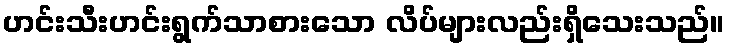
ဟင်းသီးဟင်းရွက်သာစားသော လိပ်များလည်းရှိသေးသည်။